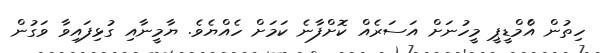
ހިތުން އެްމްޑީޕީ މީހުނަށް އަސަރެއް ކޮށްފާނެ ކަމަށް ހެއްޔެވެ. ޔާމީނާއި ގުޅިފައިވާ ވަގުން